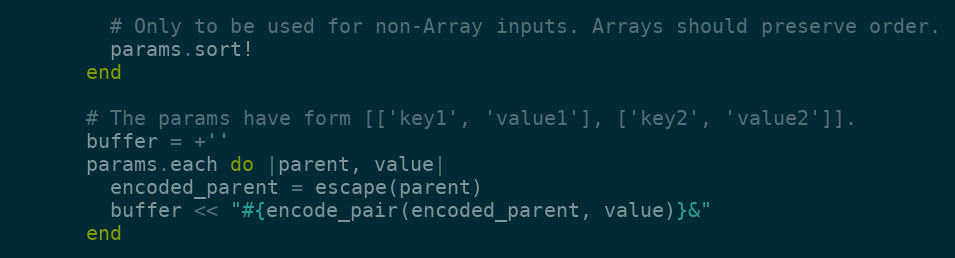
Language: Ruby
        # Only to be used for non-Array inputs. Arrays should preserve order.
        params.sort!
      end

      # The params have form [['key1', 'value1'], ['key2', 'value2']].
      buffer = +''
      params.each do |parent, value|
        encoded_parent = escape(parent)
        buffer << "#{encode_pair(encoded_parent, value)}&"
      end